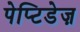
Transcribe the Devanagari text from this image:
पेप्टिडेज़